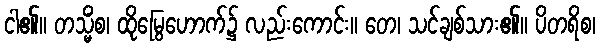
ငါ၏။ တသ္မိံစ၊ ထိုမြွေဟောက်၌ လည်းကောင်း။ တေ၊ သင်ချစ်သား၏။ ပိတရိစ၊